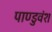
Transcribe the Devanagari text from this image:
पाण्डुवंश